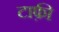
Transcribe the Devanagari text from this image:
टाफ़ी